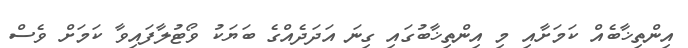
އިންތިޚާބެއް ކަމަށާއި މި އިންތިޚާބުގައި ގިނަ އަދަދެއްގެ ބަޔަކު ވޯޓުލާފައިވާ ކަމަށް ވެސް